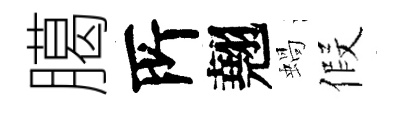
臈𠩄翹蝸假